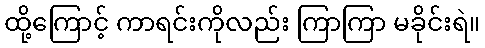
ထို့ကြောင့် ကာရင်းကိုလည်း ကြာကြာ မခိုင်းရဲ။